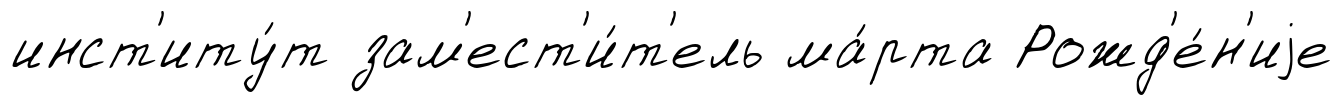
инст'иту́т зам'ест'и́т'ель ма́рта Рожд'е́н'иjе